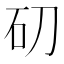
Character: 𥐛